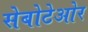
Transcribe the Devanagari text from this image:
सेबोटेओर